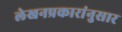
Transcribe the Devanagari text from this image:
लेखनप्रकारांनुसार